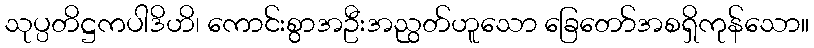
သုပ္ပတိဋ္ဌကပါဒိဟိ၊ ကောင်းစွာအဦးအညွတ်ဟူသော ခြေတော်အစရှိကုန်သော။